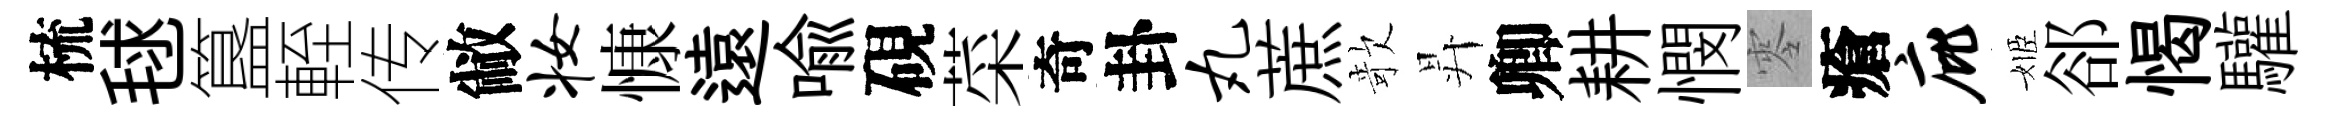
梳毬簋輊传敝妆慷遠喻硯菜奇卦丸蔗欹昇卿耕憫零瘡庇姬郤愒驩